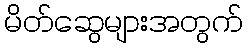
မိတ်ဆွေများအတွက်